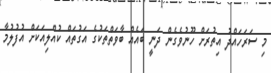
މި ސަރަހައްދު އިތުރަށް ހޫނުވެގެން ދަނީ ބައެއް ބާވަތްތަކުގެ އަގުތައް ކުއްލިއަކަށް އުފުލުމާ